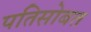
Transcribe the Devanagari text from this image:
पतिसोबत